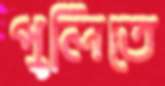
পুলিতে